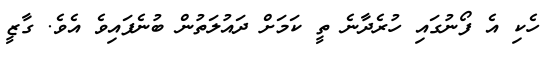
ހެކި އެ ފޯނުގައި ހުރެދާނެ ތީ ކަމަށް ދައުލަތުން ބުނެފައިވެ އެވެ. ގާޒީ